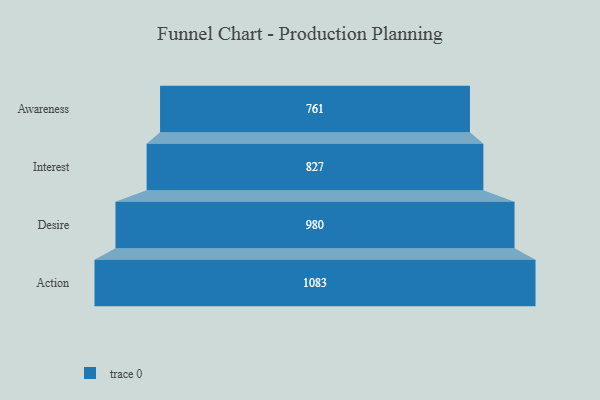
{"axis": {"x": "Stage", "y": "Value"}, "legend": [""], "data": [{"x": "Awareness", "y": 761.0, "type": ""}, {"x": "Interest", "y": 827.0, "type": ""}, {"x": "Desire", "y": 980.0, "type": ""}, {"x": "Action", "y": 1083.0, "type": ""}]}